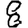
Digit: 8